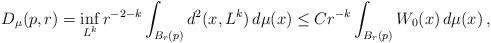
LaTeX: \begin{align*}D_\mu(p,r) = \inf_{L^k} r^{-2-k}\int_{B_r(p)} d^2(x,L^k)\,d\mu(x) \leq C r^{-k}\int_{B_r(p)} W_0(x)\,d\mu(x)\, , \end{align*}